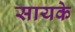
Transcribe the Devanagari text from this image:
सायके